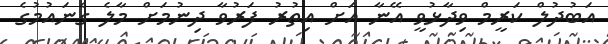
އަބުދުލް ކަރީމް ވިދާޅުވީ އޭނާ އަށް އިތުރު ފަރުވާ ދިނުމަށް މާލެ ގެނައުމުގެ